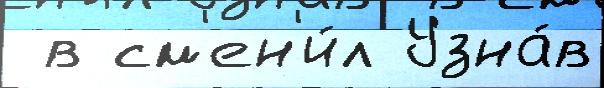
 в см'ен'и́л Узна́в